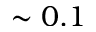
\sim 0 . 1